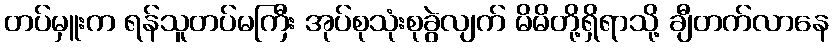
တပ်မှူးက ရန်သူတပ်မကြီး အုပ်စုသုံးစုခွဲလျက် မိမိတို့ရှိရာသို့ ချီတက်လာနေ